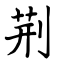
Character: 荆